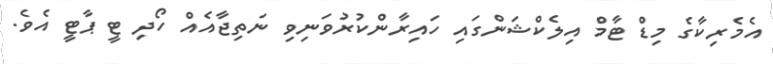
އެމެރިކާގެ މިޑް ޓާމް އިލެކްޝަންގައި ހައިރާންކުރުވަނިވި ނަތިޖާއެއް ހޯދި ޓީ ޕާޓީ އެވެ.